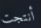
أنتجت